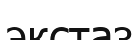
экстаз